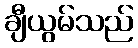
ချီယွမ်သည်